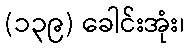
(၁၃၉) ခေါင်းအုံး၊